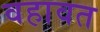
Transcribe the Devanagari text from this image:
वहावत